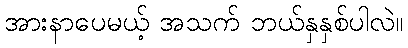
အားနာပေမယ့် အသက် ဘယ်နှနှစ်ပါလဲ။